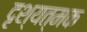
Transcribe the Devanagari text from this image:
दृश्यत्मक